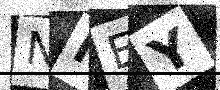
Text: NIEY